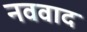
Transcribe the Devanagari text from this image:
नववाद